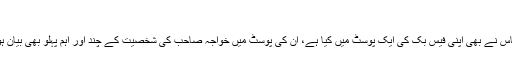
“
ان کے خاندان کے بارے میں کچھ ذکر مفتی امجد عباس نے بھی اپنی فیس بک کی ایک پوسٹ میں کیا ہے، ان کی پوسٹ میں خواجہ صاحب کی شخصیت کے چند اور اہم پہلو بھی بیان ہوگئے ہیں، ملاحظہ کیجیے: ”دل صبح سے اداس ہے۔